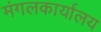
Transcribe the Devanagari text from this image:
मंगलकार्यालय